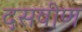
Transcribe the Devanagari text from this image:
दसवीण